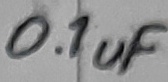
Text: 0.1uF